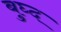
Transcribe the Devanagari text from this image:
बुघ्‍द